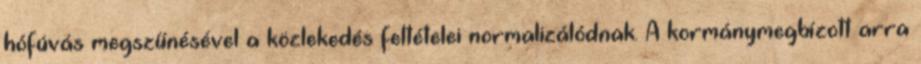
hófúvás megszűnésével a közlekedés feltételei normalizálódnak. A kormánymegbízott arra